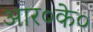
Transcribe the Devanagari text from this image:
आर०के०